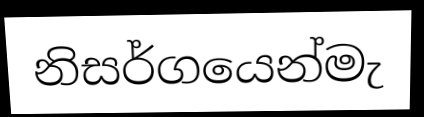
නිසර්ගයෙන්මැ